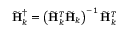
\widetilde { \mathbf { H } } _ { k } ^ { \dagger } = \left( \widetilde { \mathbf { H } } _ { k } ^ { T } \widetilde { \mathbf { H } } _ { k } \right) ^ { - 1 } \widetilde { \mathbf { H } } _ { k } ^ { T }